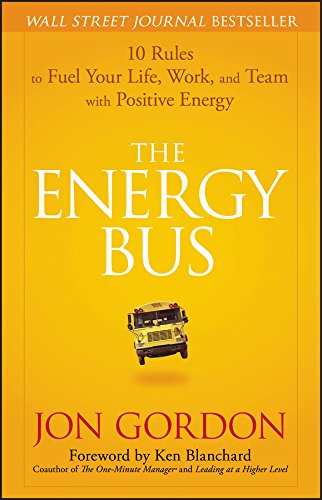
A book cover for The Energy Bus: 10 Rules to Fuel Your Life, Work, and Team with Positive Energy; Jon Gordon; Self-Help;